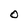
Character: O